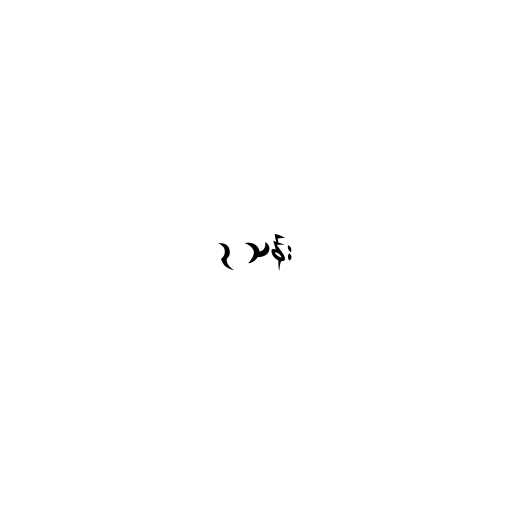
၃ သန်း